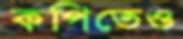
কপিতেও